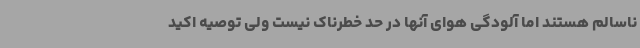
ناسالم هستند اما آلودگی هوای آنها در حد خطرناک نیست ولی توصیه اکید